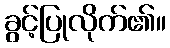
ခွင့်ပြုလိုက်၏။